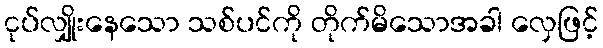
ငုပ်လျှိုးနေသော သစ်ပင်ကို တိုက်မိသောအခါ လှေဖြင့်